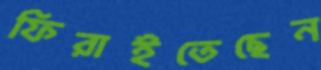
ফিরাইতেছেন